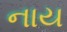
નાય